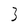
Character: 3